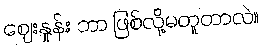
ဈေးနှုန်း ဘာ ဖြစ်လို့မတူတာလဲ။